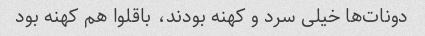
دونات‌ها خیلی سرد و کهنه بودند، باقلوا هم کهنه بود